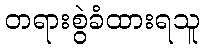
တရားစွဲခံထားရသူ